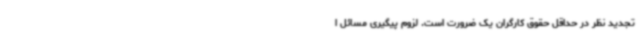
تجدید نظر در حداقل حقوق کارگران یک ضرورت است. لزوم پیگیری مسائل ا